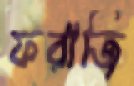
ফরাজি